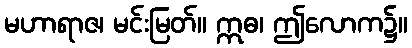
မဟာရာဇ၊ မင်းမြတ်။ ဣဓ၊ ဤလောက၌။